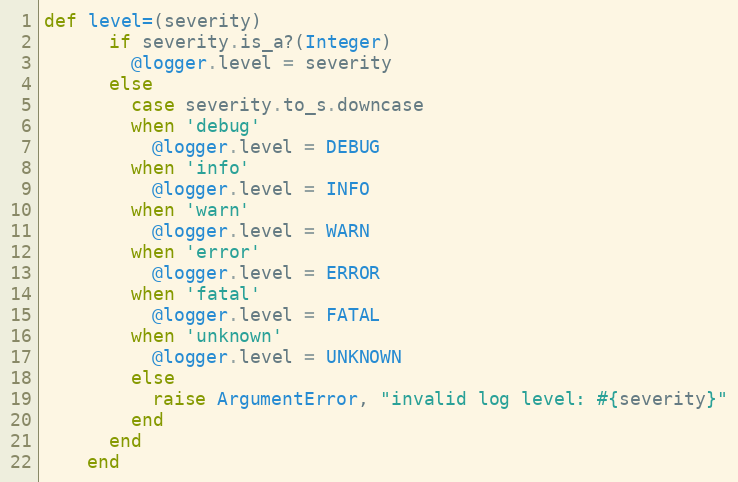
Language: Ruby
def level=(severity)
      if severity.is_a?(Integer)
        @logger.level = severity
      else
        case severity.to_s.downcase
        when 'debug'
          @logger.level = DEBUG
        when 'info'
          @logger.level = INFO
        when 'warn'
          @logger.level = WARN
        when 'error'
          @logger.level = ERROR
        when 'fatal'
          @logger.level = FATAL
        when 'unknown'
          @logger.level = UNKNOWN
        else
          raise ArgumentError, "invalid log level: #{severity}"
        end
      end
    end